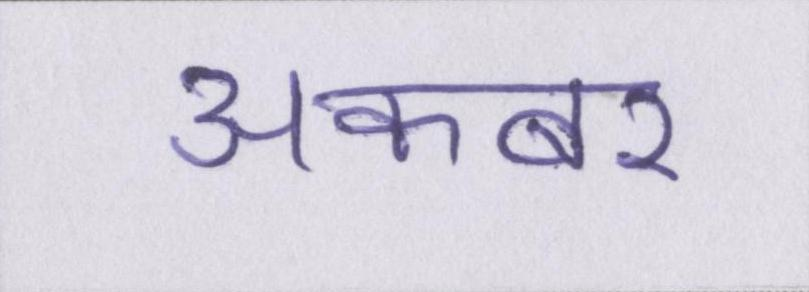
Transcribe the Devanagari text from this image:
अकबर